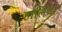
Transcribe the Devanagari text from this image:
हांलिया